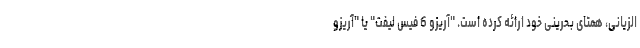
الزیانی، همتای بحرینی خود ارائه کرده است. "آریزو 6 فیس لیفت" یا "آریزو